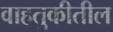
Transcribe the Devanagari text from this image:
वाहतुकीतील